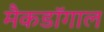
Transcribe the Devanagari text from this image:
मैकडॉगाल